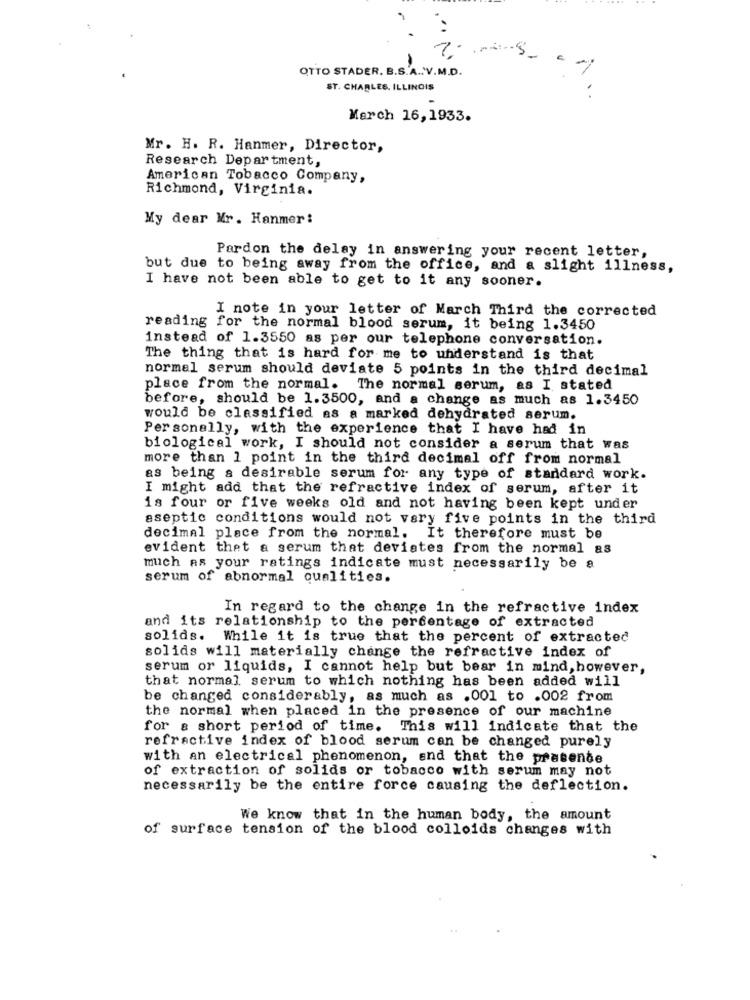
OTTO STADER. B.S.A .: V.M.D.
1
ST. CHARLES, ILLINOIS
..
March 16,1933.
Mr. H. R. Hanmer, Director,
Research Department,
American Tobacco Company,
Richmond, Virginia.
My dear Mr. Hanmer:
Pardon the delay in answering your recent letter,
but due to being away from the office, and a slight illness,
I have not been able to get to it any sooner.
I note in your letter of March Third the corrected
reading for the normal blood serum, it being 1.3450
instead of 1.3550 as per our telephone conversation.
The thing that is hard for me to understand is that
normal serum should deviate 5 points in the third decimal
place from the normal. The normal serum, as I stated
before, should be 1.3500, and a change as much as 1.3450
would be classified as a marked dehydrated serum.
Personally, with the experience that I have had in
biological work, I should not consider a serum that was
more than 1 point in the third decimal off from normal
as being a desirable serum for any type of standard work.
I might add that the refractive index of serum, after it
is four or five weeks old and not having been kept under
aseptic conditions would not vary five points in the third
decimal place from the normal. It therefore must be
evident thet a serum that deviates from the normal as
much as your ratings indicate must necessarily be a
serum of abnormal qualities.
In regard to the change in the refractive index
and its relationship to the percentage of extracted
solids. While it is true that the percent of extracted
solids will materially change the refractive index of
serum or liquids, I cannot help but bear in mind, however,
that normal serum to which nothing has been added will
be changed considerably, as much as .001 to .002 from
the normal when placed in the presence of our machine
for a short period of time. This will indicate that the
refractive index of blood serum can be changed purely
with an electrical phenomenon, and that the pratende
of extraction of solids or tobacco with serum may not
necessarily be the entire force causing the deflection.
We know that in the human body, the amount
of surface tension of the blood colloids changes with